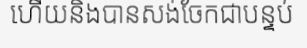
ហើយនិងបានសង់ចែកជាបន្ទប់